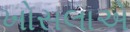
ખોસલાએ